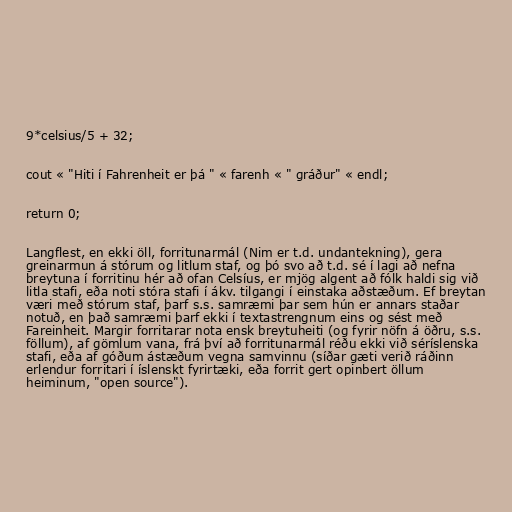
9*celsius/5 + 32;

cout « "Hiti í Fahrenheit er þá " « farenh « " gráður" « endl;

return 0;

Langflest, en ekki öll, forritunarmál (Nim er t.d. undantekning), gera
greinarmun á stórum og litlum staf, og þó svo að t.d. sé í lagi að nefna
breytuna í forritinu hér að ofan Celsíus, er mjög algent að fólk haldi sig við
litla stafi, eða noti stóra stafi í ákv. tilgangi í einstaka aðstæðum. Ef breytan
væri með stórum staf, þarf s.s. samræmi þar sem hún er annars staðar
notuð, en það samræmi þarf ekki í textastrengnum eins og sést með
Fareinheit. Margir forritarar nota ensk breytuheiti (og fyrir nöfn á öðru, s.s.
föllum), af gömlum vana, frá því að forritunarmál réðu ekki við séríslenska
stafi, eða af góðum ástæðum vegna samvinnu (síðar gæti verið ráðinn
erlendur forritari í íslenskt fyrirtæki, eða forrit gert opinbert öllum
heiminum, "open source").